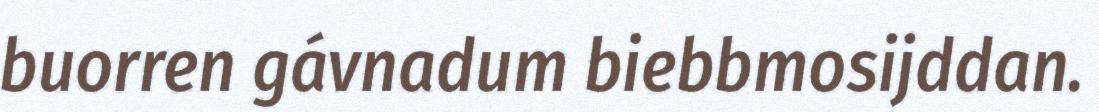
buorren gávnadum biebbmosijddan.